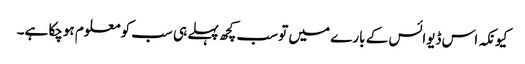
کیونکہ اس ڈیوائس کے بارے میں تو سب کچھ پہلے ہی سب کو معلوم ہوچکا ہے۔